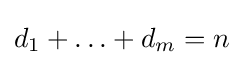
d_{1}+\ldots +d_{m}=n